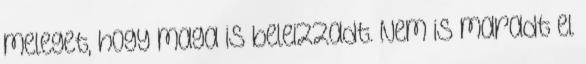
meleget, hogy maga is beleizzadt. Nem is maradt el